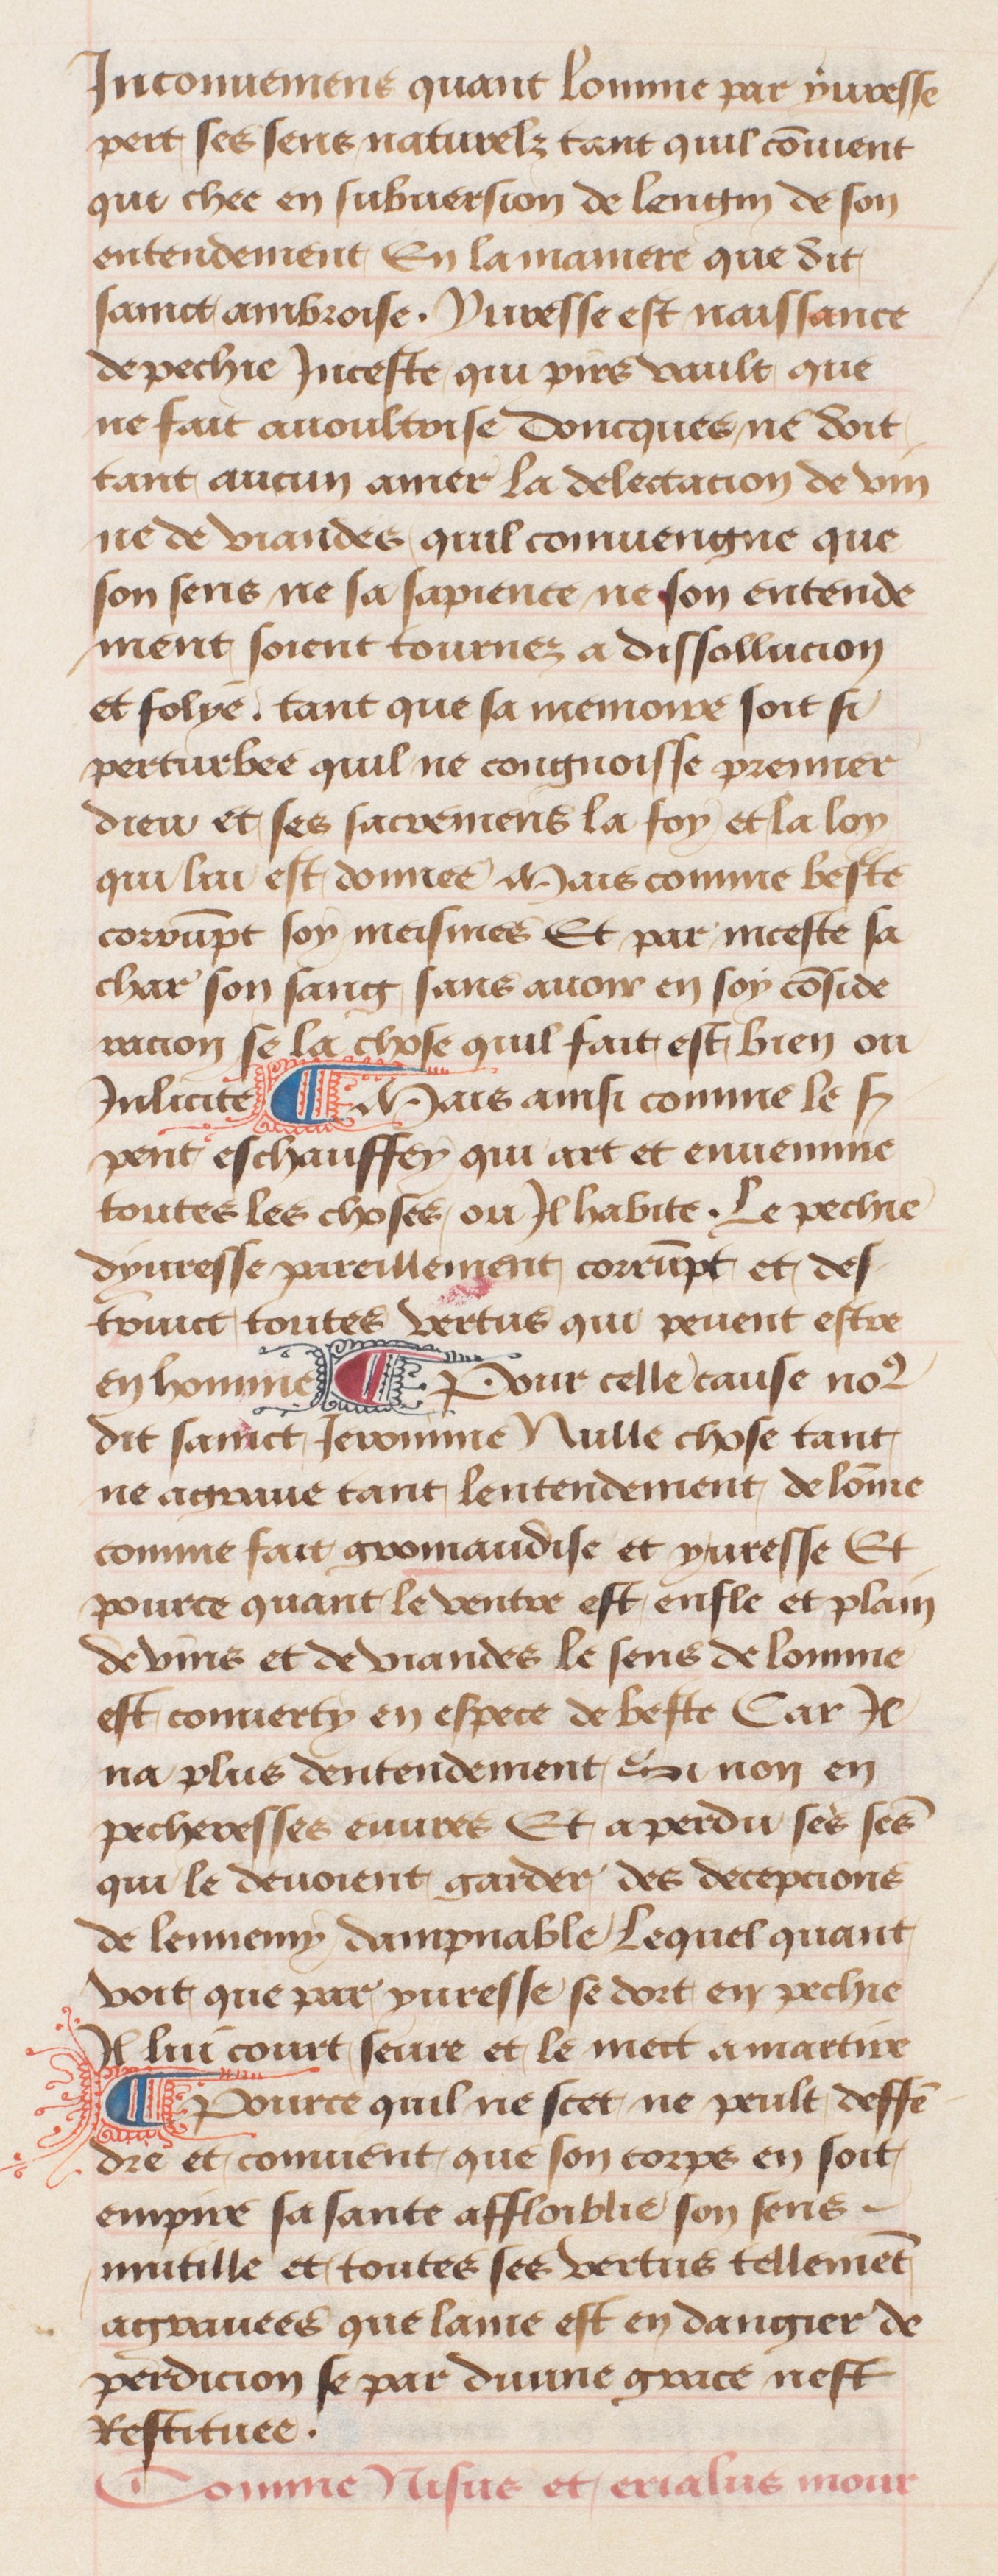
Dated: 1457–1482